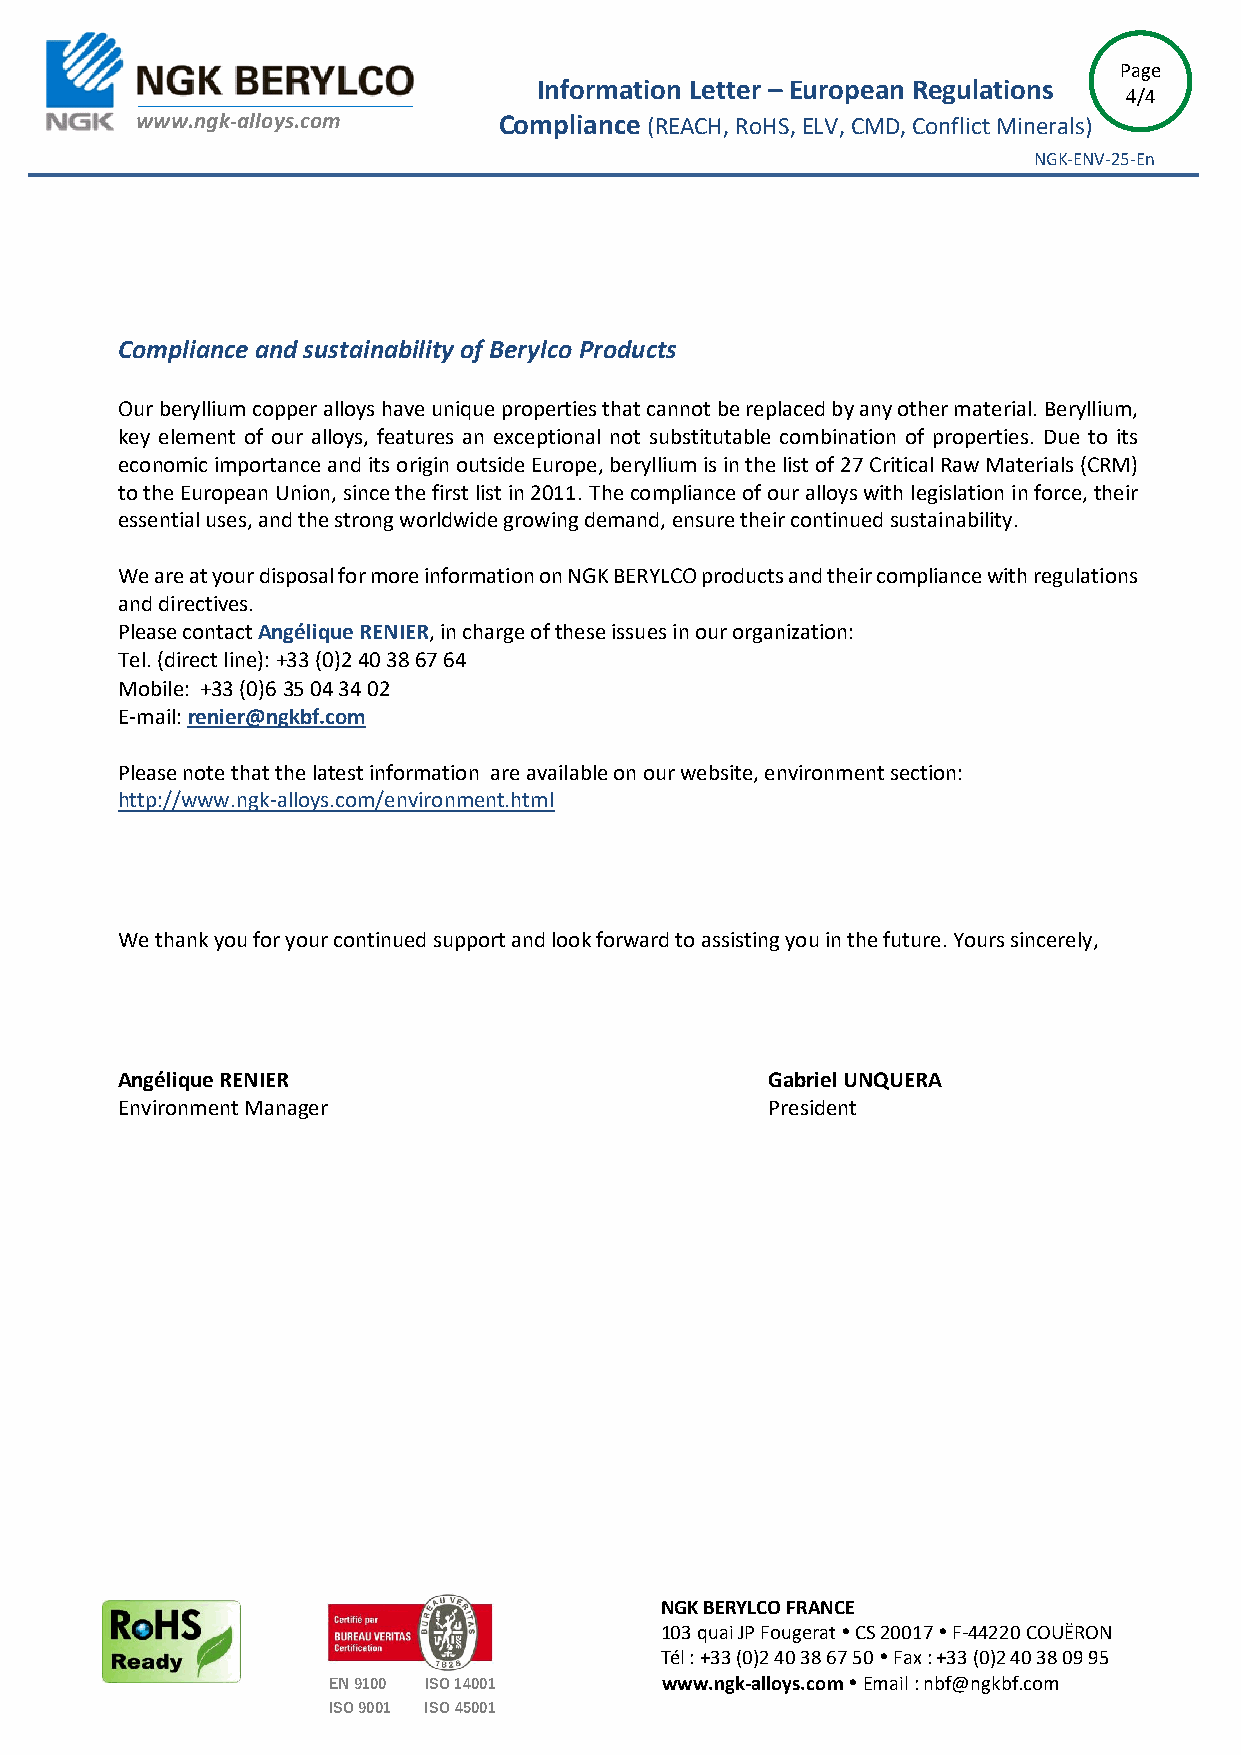
Page
 Information Letter – European Regulations
 4/4
 www.ngk-alloys.com      Compliance (REACH, RoHS, ELV, CMD, Conflict Minerals)
 NGK-ENV-25-En
 Compliance and sustainability of Berylco Products
 Our beryllium copper alloys have unique properties that cannot be replaced by any other material. Beryllium,
 key element of our alloys, features an exceptional not substitutable combination of properties. Due to its
 economic importance and its origin outside Europe, beryllium is in the list of 27 Critical Raw Materials (CRM)
 to the European Union, since the first list in 2011. The compliance of our alloys with legislation in force, their
 essential uses, and the strong worldwide growing demand, ensure their continued sustainability.
 We are at your disposal for more information on NGK BERYLCO products and their compliance with regulations
 and directives.
 Please contact Angélique RENIER, in charge of these issues in our organization:
 Tel. (direct line): +33 (0)2 40 38 67 64
 Mobile: +33 (0)6 35 04 34 02
 E-mail: renier@ngkbf.com
 Please note that the latest information are available on our website, environment section:
 http://www.ngk-alloys.com/environment.html
 We thank you for your continued support and look forward to assisting you in the future. Yours sincerely,
 Angélique RENIER                           Gabriel UNQUERA
 Environment Manager                        President
 NGK BERYLCO FRANCE
 103 quai JP Fougerat  CS 20017  F-44220 COUËRON
 Tél : +33 (0)2 40 38 67 50  Fax : +33 (0)2 40 38 09 95
 EN 9100 ISO 14001     www.ngk-alloys.com  Email : nbf@ngkbf.com
 ISO 9001 ISO 45001